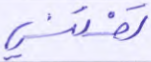
تفتني